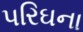
પરિઘના